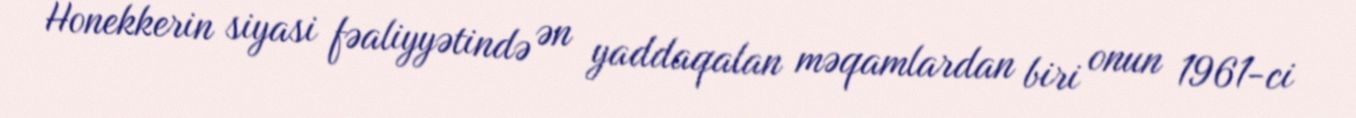
Honekkerin siyasi fəaliyyətində ən yaddaqalan məqamlardan biri onun 1961-ci